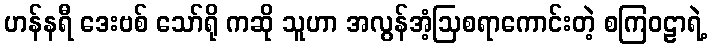
ဟန်နရီ ဒေးဗစ် သော်ရို ကဆို သူဟာ အလွန်အံ့ဩစရာကောင်းတဲ့ စကြဝဠာရဲ့